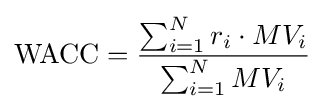
{\text{WACC}}={\frac {\sum _{i=1}^{N}r_{i}\cdot MV_{i}}{\sum _{i=1}^{N}MV_{i}}}